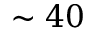
\sim 4 0